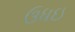
ઉધઇ